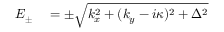
\begin{array} { r l } { E _ { \pm } } & { { } = \pm \sqrt { k _ { x } ^ { 2 } + ( k _ { y } - i \kappa ) ^ { 2 } + \Delta ^ { 2 } } } \end{array}